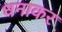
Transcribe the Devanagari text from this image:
धनाकर